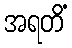
အရတိံ